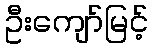
ဦးကျော်မြင့်